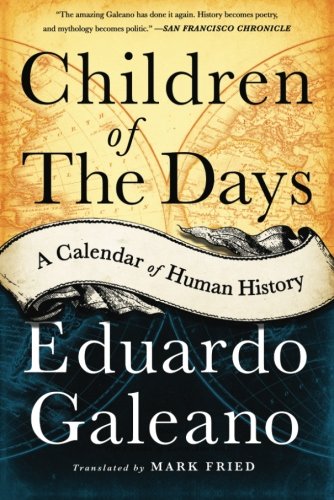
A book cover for Children of the Days: A Calendar of Human History; Eduardo Galeano; Literature & Fiction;